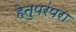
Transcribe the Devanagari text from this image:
हेतुपरंपरा